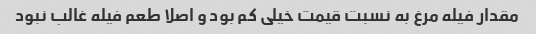
مقدار فیله مرغ به نسبت قیمت خیلی کم بود و اصلا طعم فیله غالب نبود